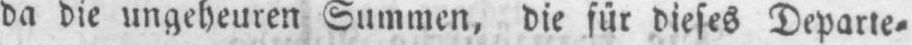
da die ungeheuren Summen, die für dieses Departe⸗